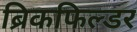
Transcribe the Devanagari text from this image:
ब्रिकफिल्डर